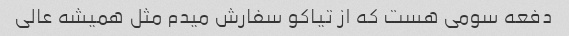
دفعه سومی هست که از تیاکو سفارش میدم مثل همیشه عالی